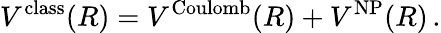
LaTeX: V^{\mathrm{class}}(R)=V^{\mathrm{Coulomb}}(R)+V^{\mathrm{NP}}(R)\, .